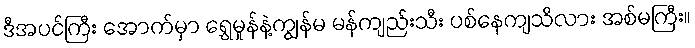
ဒီအပင်ကြီး အောက်မှာ ရွှေမှုန်နဲ့ကျွန်မ မန်ကျည်းသီး ပစ်နေကျသိလား အစ်မကြီး။